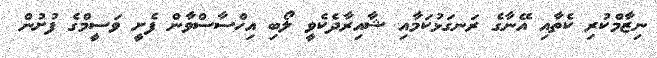
ނިޒާމްކުރި ކެތާއި އޭނާގެ ރަނގަޅުކަމާއި ޝާއިރާދެކެވީ ލޯބި އިހްސާސްވާން ފެށީ ވަސީމްގެ ފުށުން